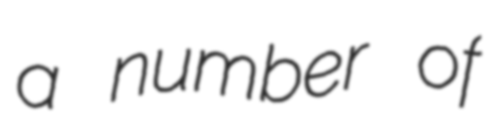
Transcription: a number of